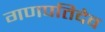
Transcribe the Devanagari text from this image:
गणपतिदेव